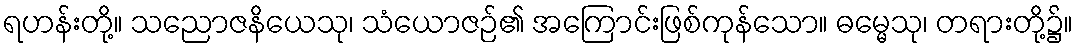
ရဟန်းတို့။ သညောဇနိယေသု၊ သံယောဇဉ်၏ အကြောင်းဖြစ်ကုန်သော။ ဓမ္မေသု၊ တရားတို့၌။